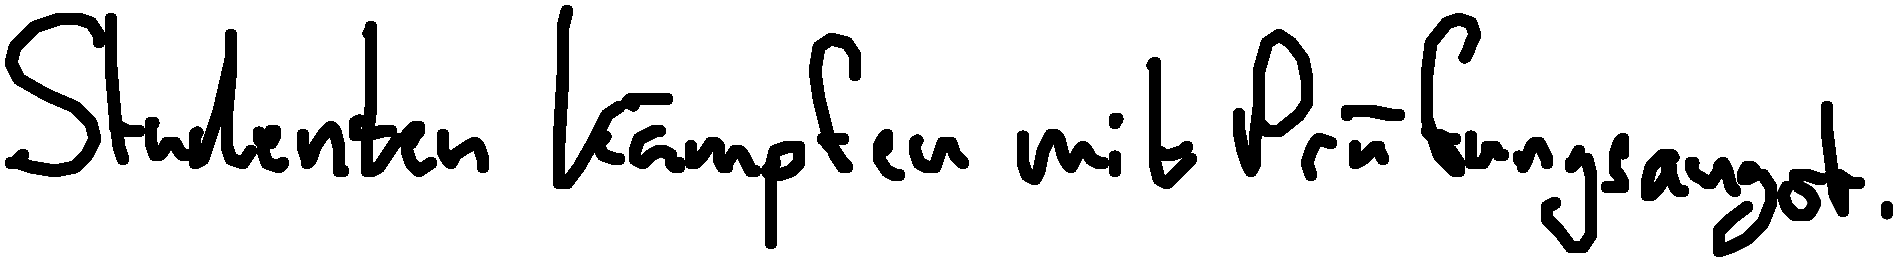
Studenten kämpfen mit Prüfungsangst.